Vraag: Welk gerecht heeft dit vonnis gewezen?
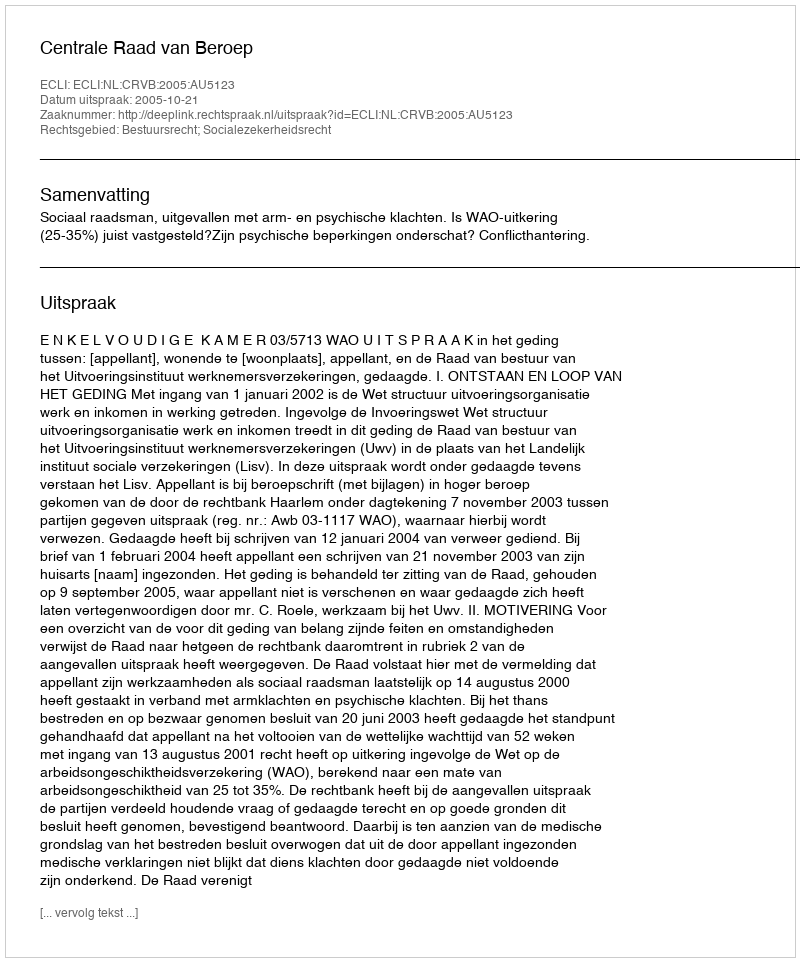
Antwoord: Centrale Raad van Beroep